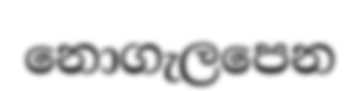
නොගැලපෙන